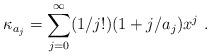
LaTeX: \begin{align*}\kappa _{a_j}=\sum _{j=0}^{\infty}(1/j!)(1+j/a_j)x^j~.\end{align*}